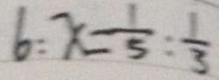
6 : x = \frac { 1 } { 5 } : \frac { 1 } { 3 }